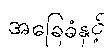
အခြေခံနှင့်